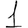
Digit: 1